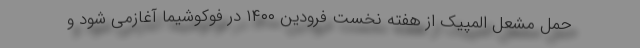
حمل مشعل المپیک از هفته نخست فرودین ۱۴۰۰ در فوکوشیما آغازمی شود و